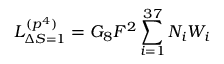
{ \cal L } _ { \Delta S = 1 } ^ { ( p ^ { 4 } ) } = G _ { 8 } F ^ { 2 } \sum _ { i = 1 } ^ { 3 7 } N _ { i } W _ { i }